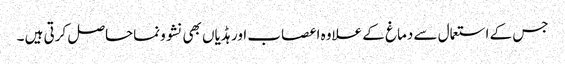
جس کے استعمال سے دماغ کے علاوہ اعصاب اور ہڈیاں بھی نشوونماحاصل کرتی ہیں ۔